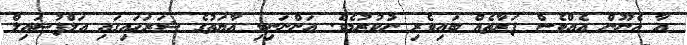
އާ އެނޫން އެއްވެސް ފަރާތެއް ބައިވެރި ނުކުރުމެވެ. އަންނަނިވި އާޔަތުގެ ޝަރަޙައިގައި އަލްފުޟައިލް